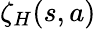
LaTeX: \zeta_{H}(s,a)